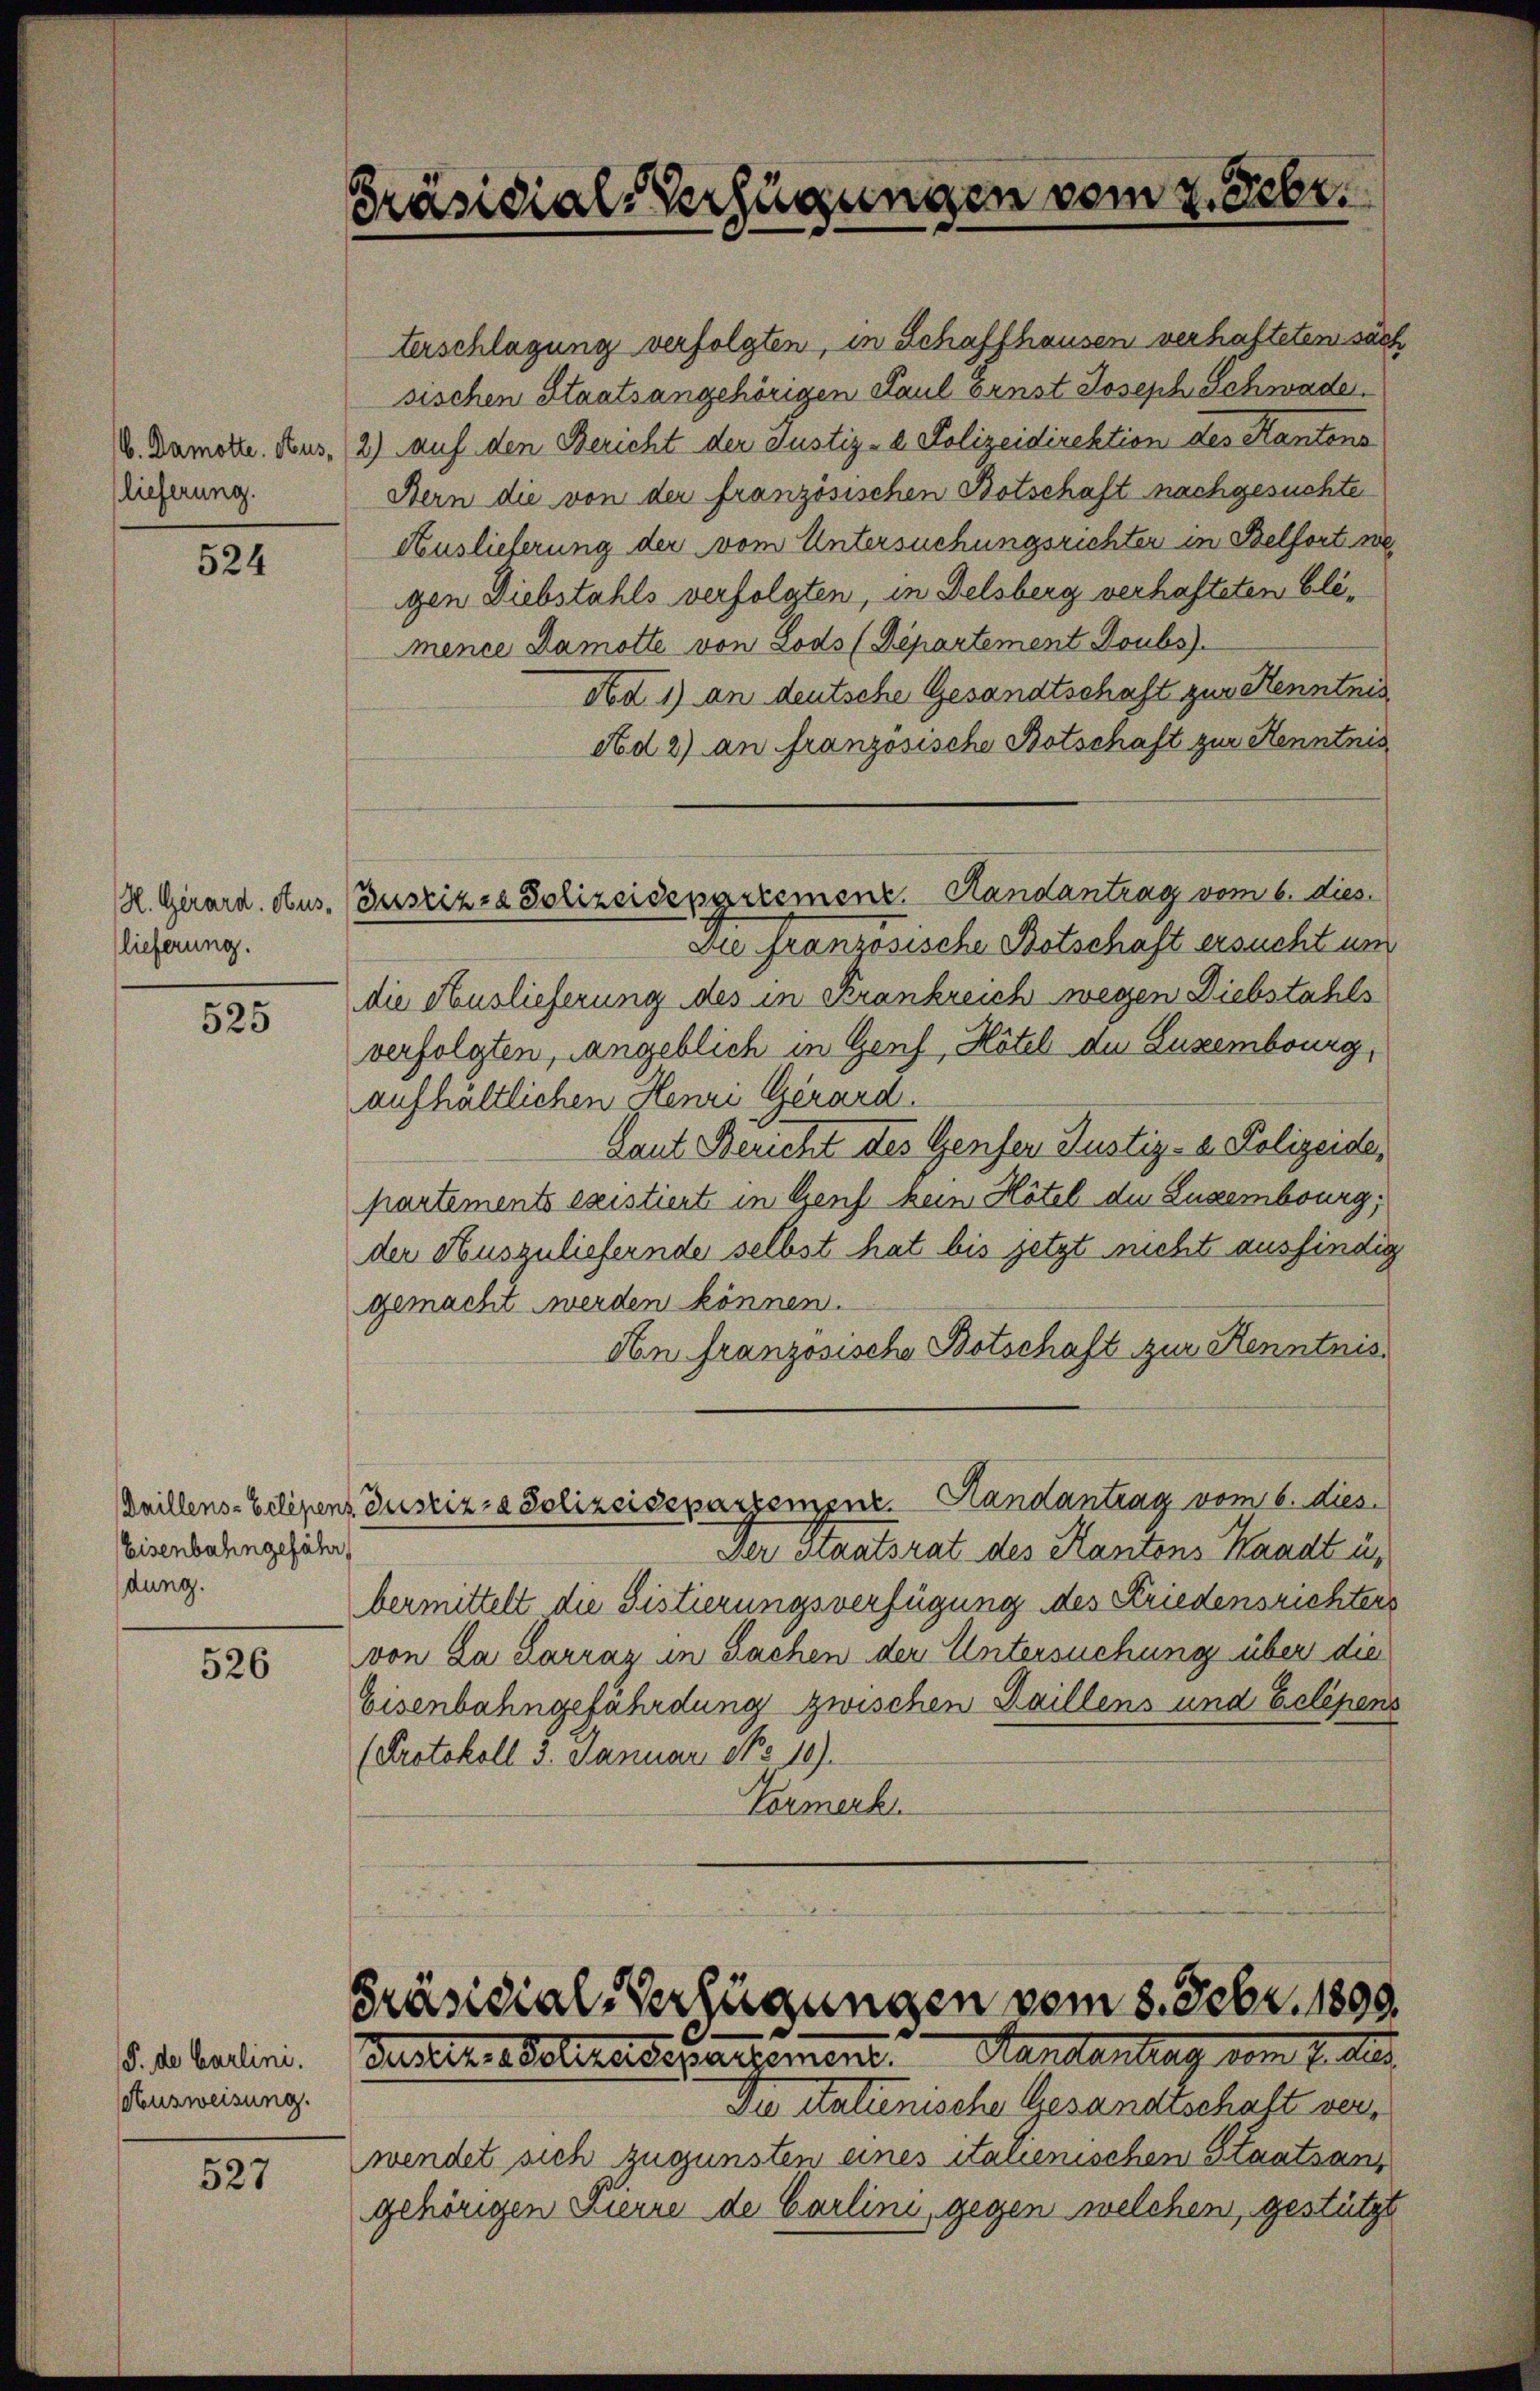
6. Damotte. Auslieferung.

524

(lieferung.

525

Eisenbahngefähr
dung.

526

527

Präsidial-Verfügungen vom 2. Febr.

Ausweisung.

terschlagung verfolgten, in Schaffhausen verhafteten sich
sischen Staatsangehörigen Paul Ernst Joseph Schwade.
2) auf den Bericht der Justiz- & Polizeidirektion des Kantens
Bern die von der französischen Botschaft nachgesuchte
Auslieferung der vom Untersuchungsrichter in Belfort we
gen Diebstahls verfolgten, in Delsberg verhafteten Elimence Damotte von Lods (Departement Joubs).
Ad 1) an deutsche Gesandtschaft zur Kenntnis
Ad 2) an französische Botschaft zur Kenntnis¬
Die französische Botschaft ersucht um
die Auslieferung des in Krankreich wegen Diebstahls
verfolgten, angeblich in Genf, Hotel de Luzembourg,
aufhältlichen Henri Gerard.
Laut Bericht des Genfer Justiz- & Polizeide,
partements existiert in Genf kein Hotel der Luxembourg;
der Auszuliefernde selbst hat bis jetzt nicht ausfindig
gemacht werden können.
An französische Botschaft zur Kenntnis¬
Quillens-Eiligenz Justiz- & Polizeiseparzempnr. Handantrag vom 6. dies
Der Staatsrat des Kantons Waadt u.
bermittelt die Distierungsverfügung des Friedensrichters
von La Sarraz in Sachen der Untersuchung über die
Eisenbahngefährdung zwischen Daillens und Eclipens
Protokoll 3. Januar No 10).
Vormerke

R. Girard. Aus (Gasrizza Solizeidepartement. Handantrag vom 6. dies

een einen eine einerischen Gesandtschaft ver¬

Präsidial-Verfügungen vom 8. Febr. 1899.
§. 1. Latini. Gesetz absteressartement Handentrag vom 2. Aus

wendet sich zugunsten eines italienischen Staatsangehörigen Pierre de Carlini, gegen welchen, gestützt